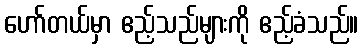
ဟော်တယ်မှာ ဧည့်သည်များကို ဧည့်ခံသည်။